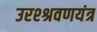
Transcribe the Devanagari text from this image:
उरश्श्रवणयंत्र